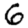
Digit: 6